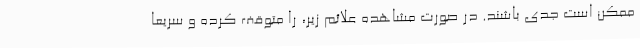
ممکن است جدی باشند. در صورت مشاهده علائم زیر، را متوقف کرده و سریعاً